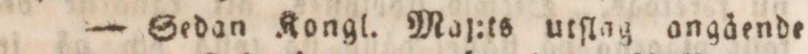
— Sedan Kongl. Maj:ts utſlag angäende